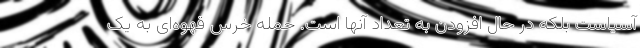
آسیاست بلکه در حال افزودن به تعداد آنها است. حمله خرس قهوه‌ای به یک